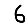
Digit: 6